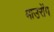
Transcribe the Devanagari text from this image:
माउरोंग